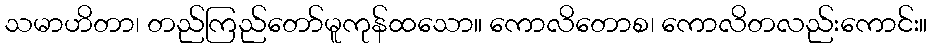
သမာဟိတာ၊ တည်ကြည်တော်မူကုန်ထသော။ ကောလိတောစ၊ ကောလိတလည်းကောင်း။